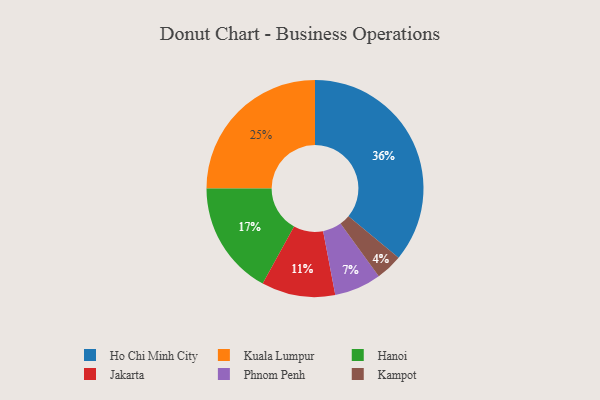
{"axis": {"x": "Category", "y": "Percentage"}, "legend": ["Hanoi", "Ho Chi Minh City", "Jakarta", "Kampot", "Kuala Lumpur", "Phnom Penh"], "data": [{"x": "Ho Chi Minh City", "y": 36, "type": "Ho Chi Minh City"}, {"x": "Hanoi", "y": 17, "type": "Hanoi"}, {"x": "Phnom Penh", "y": 7, "type": "Phnom Penh"}, {"x": "Jakarta", "y": 11, "type": "Jakarta"}, {"x": "Kuala Lumpur", "y": 25, "type": "Kuala Lumpur"}, {"x": "Kampot", "y": 4, "type": "Kampot"}]}